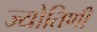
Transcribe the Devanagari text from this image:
ज्योतिणी